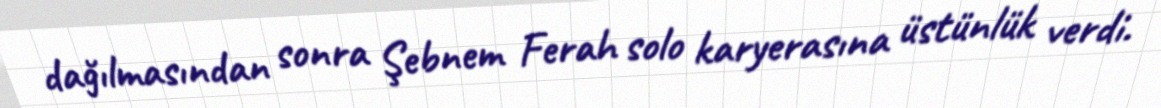
dağılmasından sonra Şebnem Ferah solo karyerasına üstünlük verdi.